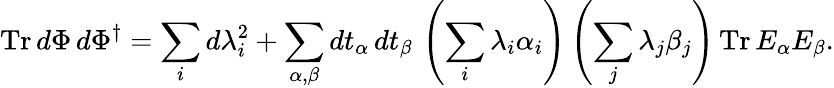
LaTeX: \mathrm{Tr}\, d\Phi\, d\Phi^{\dagger}=\sum_{i}d\lambda_{i}^{2}+\sum_{\alpha,\beta}dt_{\alpha}\, dt_{\beta}\, \left(\sum_{i}\lambda_{i}\alpha_{i}\right)\left(\sum_{j}\lambda_{j}\beta_{j}\right)\, \mathrm{Tr}\, E_{\alpha}E_{\beta}.